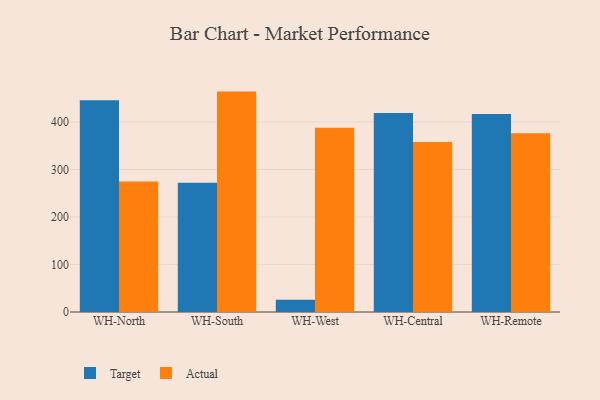
{"axis": {"x": "Warehouse", "y": "Inventory Turnover"}, "legend": ["Actual", "Target"], "data": [{"x": "WH-North", "y": 445.9, "type": "Target"}, {"x": "WH-North", "y": 274.5, "type": "Actual"}, {"x": "WH-South", "y": 272.1, "type": "Target"}, {"x": "WH-South", "y": 463.9, "type": "Actual"}, {"x": "WH-West", "y": 26.0, "type": "Target"}, {"x": "WH-West", "y": 387.7, "type": "Actual"}, {"x": "WH-Central", "y": 418.6, "type": "Target"}, {"x": "WH-Central", "y": 357.7, "type": "Actual"}, {"x": "WH-Remote", "y": 416.5, "type": "Target"}, {"x": "WH-Remote", "y": 376.0, "type": "Actual"}]}